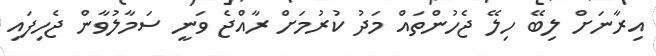
އިރާނަށް ލިބޭ ހިލޭ ޖެހުންތައް މަދު ކުރުމަށް ރާއްޖެ ވަނީ ސަމާލުވާން ޖެހިފައި